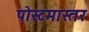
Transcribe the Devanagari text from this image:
पोस्टमास्तर